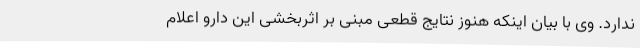
ندارد. وی با بیان اینکه هنوز نتایج قطعی مبنی بر اثربخشی این دارو اعلام